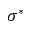
\sigma ^ { * }